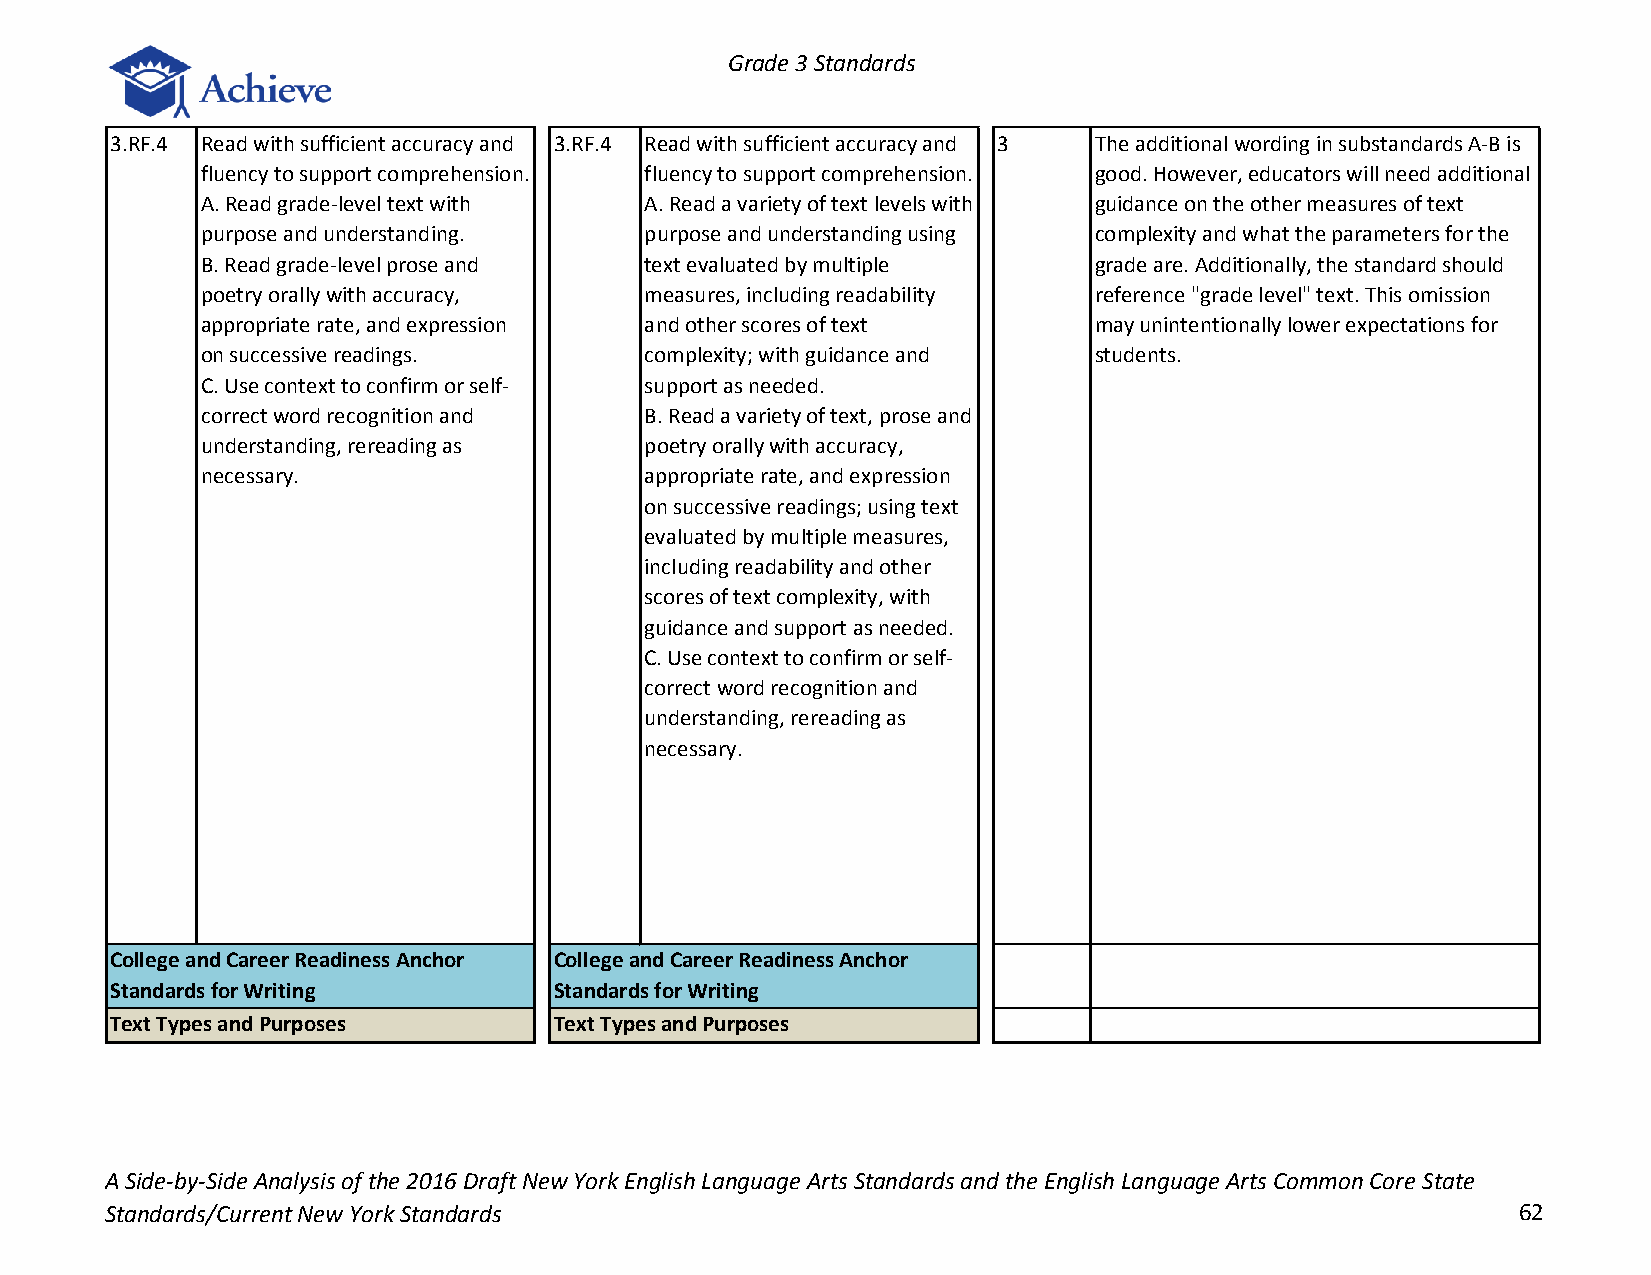
Grade 3 Standards
 3.RF.4 Read with sufficient accuracy and 3.RF.4 Read with sufficient accuracy and 3 The additional wording in substandards A-B is
 fluency to support comprehension. fluency to support comprehension. good. However, educators will need additional
 A. Read grade-level text with A. Read a variety of text levels with guidance on the other measures of text
 purpose and understanding.    purpose and understanding using complexity and what the parameters for the
 B. Read grade-level prose and text evaluated by multiple   grade are. Additionally, the standard should
 poetry orally with accuracy,  measures, including readability reference "grade level" text. This omission
 appropriate rate, and expression and other scores of text  may unintentionally lower expectations for
 on successive readings.       complexity; with guidance and students.
 C. Use context to confirm or self- support as needed.
 correct word recognition and  B. Read a variety of text, prose and
 understanding, rereading as   poetry orally with accuracy,
 necessary.                    appropriate rate, and expression
 on successive readings; using text
 evaluated by multiple measures,
 including readability and other
 scores of text complexity, with
 guidance and support as needed.
 C. Use context to confirm or self-
 correct word recognition and
 understanding, rereading as
 necessary.
 College and Career Readiness Anchor College and Career Readiness Anchor
 Standards for Writing         Standards for Writing
 Text Types and Purposes       Text Types and Purposes
 A Side-by-Side Analysis of the 2016 Draft New York English Language Arts Standards and the English Language Arts Common Core State
 Standards/Current New York Standards                                                         62